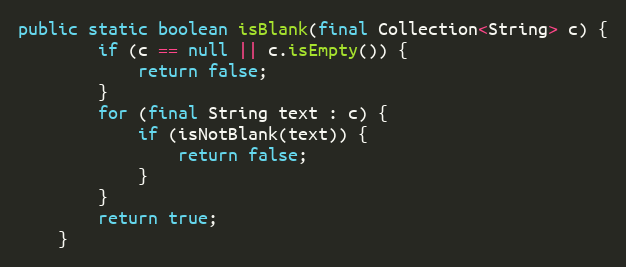
Language: Java
public static boolean isBlank(final Collection<String> c) {
        if (c == null || c.isEmpty()) {
            return false;
        }
        for (final String text : c) {
            if (isNotBlank(text)) {
                return false;
            }
        }
        return true;
    }